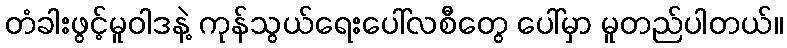
တံခါးဖွင့်မူဝါဒနဲ့ ကုန်သွယ်ရေးပေါ်လစီတွေ ပေါ်မှာ မူတည်ပါတယ်။